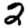
Digit: 2